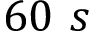
6 0 ~ s